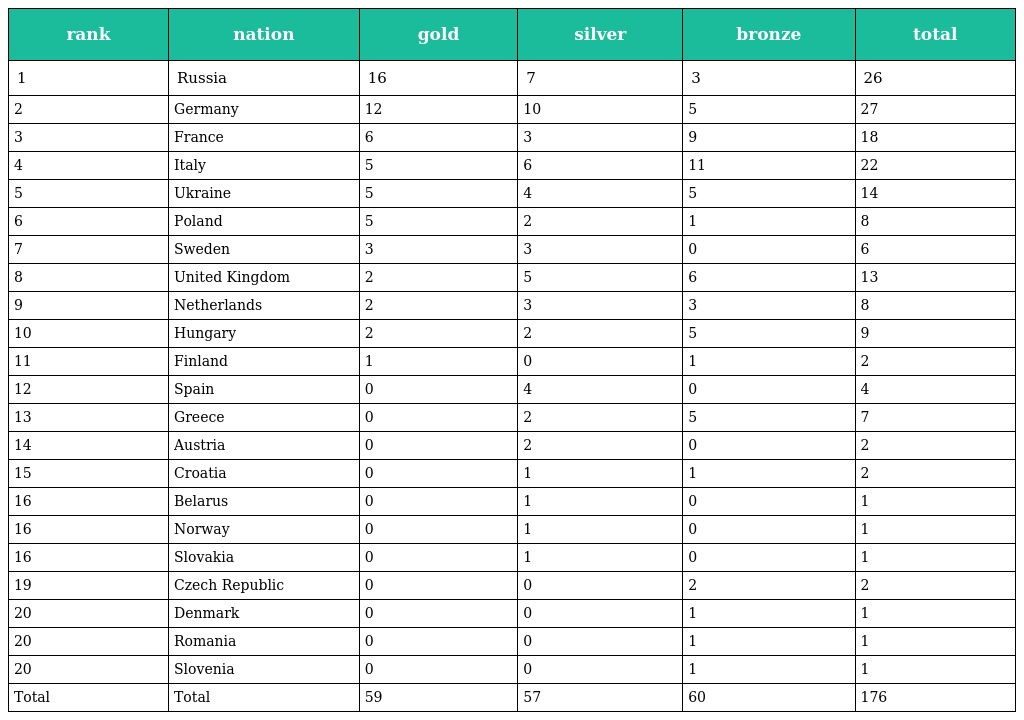
| rank | nation | gold | silver | bronze | total |
 | --- | --- | --- | --- | --- | --- |
 | 1 | Russia | 16 | 7 | 3 | 26 |
 | 2 | Germany | 12 | 10 | 5 | 27 |
 | 3 | France | 6 | 3 | 9 | 18 |
 | 4 | Italy | 5 | 6 | 11 | 22 |
 | 5 | Ukraine | 5 | 4 | 5 | 14 |
 | 6 | Poland | 5 | 2 | 1 | 8 |
 | 7 | Sweden | 3 | 3 | 0 | 6 |
 | 8 | United Kingdom | 2 | 5 | 6 | 13 |
 | 9 | Netherlands | 2 | 3 | 3 | 8 |
 | 10 | Hungary | 2 | 2 | 5 | 9 |
 | 11 | Finland | 1 | 0 | 1 | 2 |
 | 12 | Spain | 0 | 4 | 0 | 4 |
 | 13 | Greece | 0 | 2 | 5 | 7 |
 | 14 | Austria | 0 | 2 | 0 | 2 |
 | 15 | Croatia | 0 | 1 | 1 | 2 |
 | 16 | Belarus | 0 | 1 | 0 | 1 |
 | 16 | Norway | 0 | 1 | 0 | 1 |
 | 16 | Slovakia | 0 | 1 | 0 | 1 |
 | 19 | Czech Republic | 0 | 0 | 2 | 2 |
 | 20 | Denmark | 0 | 0 | 1 | 1 |
 | 20 | Romania | 0 | 0 | 1 | 1 |
 | 20 | Slovenia | 0 | 0 | 1 | 1 |
 | Total | Total | 59 | 57 | 60 | 176 |